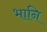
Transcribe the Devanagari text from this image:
भानि